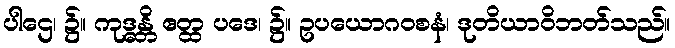
ပါဌေ၊ ၌။ ကုဒ္ဓန္တိ ဧတ္ထ ပဒေ၊ ၌။ ဥပယောဂဝစနံ၊ ဒုတိယာဝိဘတ်သည်။